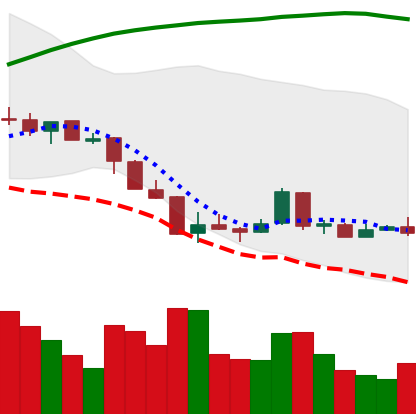
Ticker: LTC-USD
Chart end date: 2018-04-09
Forward return: 9.83%
Label: up_7plus